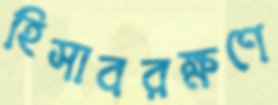
হিসাবরক্ষণে